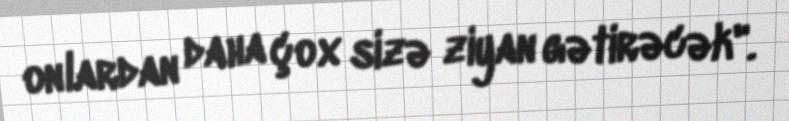
onlardan daha çox sizə ziyan gətirəcək".